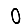
Digit: 0